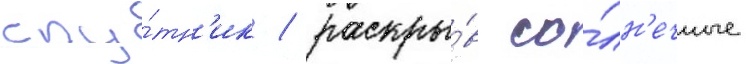
спу́тн'ик / раскры́в со́лн'ечные